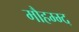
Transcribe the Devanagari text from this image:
मौहम्म्द